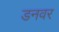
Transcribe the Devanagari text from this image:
डनवर